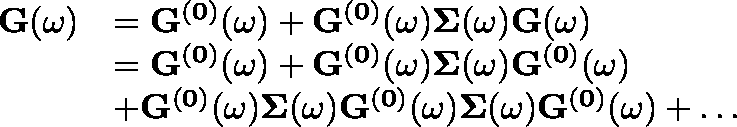
\begin{array} { r l } { \mathbf { G } ( \omega ) } & { = \mathbf { G ^ { ( 0 ) } } ( \omega ) + \mathbf { G ^ { ( 0 ) } } ( \omega ) \mathbf { \Sigma } ( \omega ) \mathbf { G } ( \omega ) } \\ & { = \mathbf { G ^ { ( 0 ) } } ( \omega ) + \mathbf { G ^ { ( 0 ) } } ( \omega ) \mathbf { \Sigma } ( \omega ) \mathbf { G ^ { ( 0 ) } } ( \omega ) } \\ & { + \mathbf { G ^ { ( 0 ) } } ( \omega ) \mathbf { \Sigma } ( \omega ) \mathbf { G ^ { ( 0 ) } } ( \omega ) \mathbf { \Sigma } ( \omega ) \mathbf { G ^ { ( 0 ) } } ( \omega ) + \ldots } \end{array}